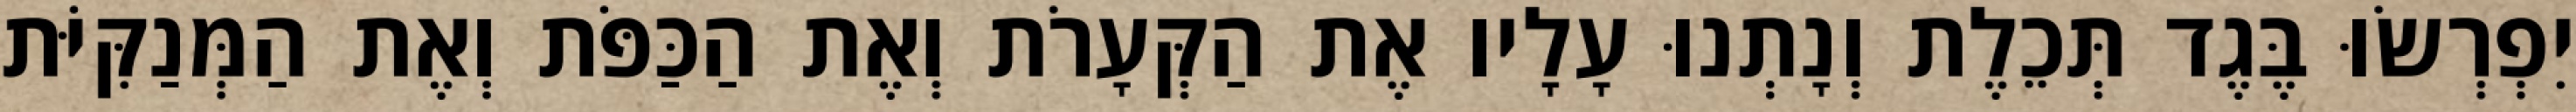
יִפְרְשׂוּ בֶּגֶד תְּכֵלֶת וְנָתְנוּ עָלָיו אֶת הַקְּעָרֹת וְאֶת הַכַּפֹּת וְאֶת הַמְּנַקִּיֹּת